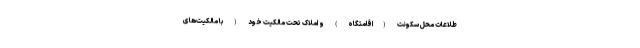
طلاعات محل سکونت (اقامتگاه) و املاک تحت مالکیت خود (با مالکیت‌های